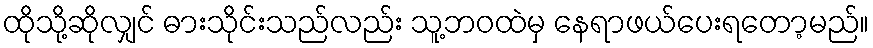
ထိုသို့ဆိုလျှင် ဓားသိုင်းသည်လည်း သူ့ဘဝထဲမှ နေရာဖယ်ပေးရတော့မည်။